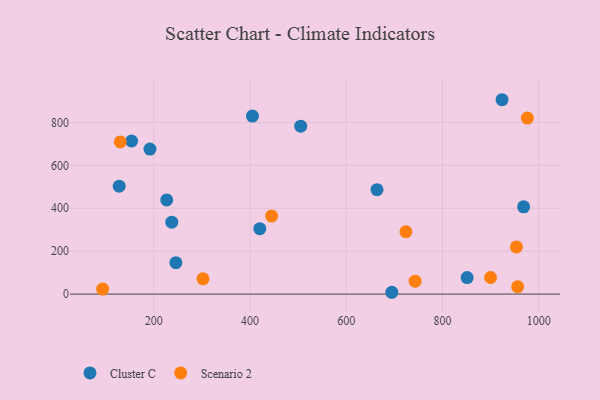
{"axis": {"x": "Experience", "y": "Exam Score"}, "legend": ["Cluster C", "Scenario 2"], "data": [{"x": "128.2", "y": 503.2, "type": "Cluster C"}, {"x": "694.8", "y": 8.5, "type": "Cluster C"}, {"x": "192.1", "y": 676.2, "type": "Cluster C"}, {"x": "237.5", "y": 335.4, "type": "Cluster C"}, {"x": "420.4", "y": 304.8, "type": "Cluster C"}, {"x": "968.7", "y": 406.7, "type": "Cluster C"}, {"x": "154.0", "y": 713.7, "type": "Cluster C"}, {"x": "246.0", "y": 146.6, "type": "Cluster C"}, {"x": "405.1", "y": 829.9, "type": "Cluster C"}, {"x": "851.3", "y": 77.0, "type": "Cluster C"}, {"x": "505.5", "y": 782.5, "type": "Cluster C"}, {"x": "664.0", "y": 486.6, "type": "Cluster C"}, {"x": "227.0", "y": 439.1, "type": "Cluster C"}, {"x": "923.8", "y": 906.0, "type": "Cluster C"}, {"x": "976.5", "y": 820.7, "type": "Scenario 2"}, {"x": "953.8", "y": 219.8, "type": "Scenario 2"}, {"x": "445.0", "y": 363.6, "type": "Scenario 2"}, {"x": "899.9", "y": 77.3, "type": "Scenario 2"}, {"x": "93.8", "y": 23.3, "type": "Scenario 2"}, {"x": "956.3", "y": 34.3, "type": "Scenario 2"}, {"x": "743.2", "y": 60.2, "type": "Scenario 2"}, {"x": "724.1", "y": 290.7, "type": "Scenario 2"}, {"x": "302.4", "y": 71.2, "type": "Scenario 2"}, {"x": "130.5", "y": 709.3, "type": "Scenario 2"}]}